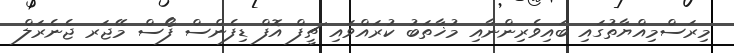
މިރަސްމިއްޔާތުގައި ބައިވެރިންނާއި މުޚާތަބު ކުރައްވައި ޗީފް އޮފް ޑިފެންސް ފޯސް މޭޖަރ ޖެނެރަލް